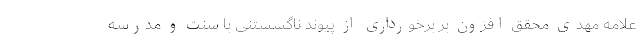
علامه مهدی محقق افزون بر برخورداری از پیوند ناگسستنی با سنت و مدرسه